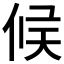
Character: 𠉀